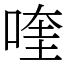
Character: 喹